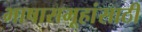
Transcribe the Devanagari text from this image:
भाषासमूहांसाठी